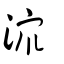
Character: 潀